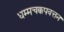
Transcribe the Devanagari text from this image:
धम्मचक्कपवत्तन